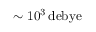
\sim 1 0 ^ { 3 } \, \mathrm { d e b y e }